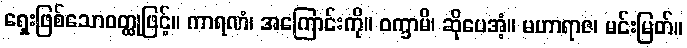
ရှေးဖြစ်သောဝတ္ထုဖြင့်။ ကာရဏံ၊ အကြောင်းကို။ ဝက္ခာမိ၊ ဆိုပေအံ့။ မဟာရာဇ၊ မင်းမြတ်။